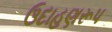
ઉદાહણરૂપ